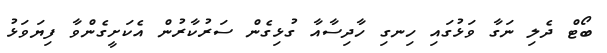
ބޯޓް ދެލި ނަގާ ވަޅުގައި ހިނގި ހާދިސާއާ ގުޅިގެން ސަރުކާރުން އެކަށީގެންވާ ފިޔަވަޅު